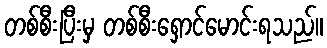
တစ်စီးပြီးမှ တစ်စီးရှောင်မောင်းရသည်။